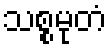
သစ္စမုတံ